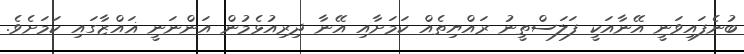
ބުނެފައިވަނީ އޭނާއަކީ ފަލަސްތީނު ރައްޔިތެއް ކަމަށާއި އޭނާ ދިރިއުޅެމުން އަންނަނީ ޣައްޒާގައި ކަމަށެވެ.